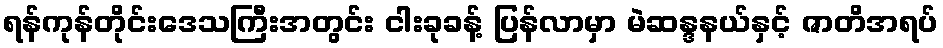
ရန်ကုန်တိုင်းဒေသကြီးအတွင်း ငါးခုခန့် ပြန်လာမှာ မဲဆန္ဒနယ်နှင့် ဇာတိအရပ်